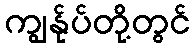
ကျွန်ုပ်တို့တွင်